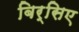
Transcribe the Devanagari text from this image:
बिर्सिए